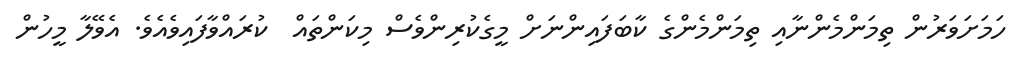
ހަމަށަވަރުން ތިމަންމެންނާއި ތިމަންމެންގެ ކާބަފައިންނަށް މީގެކުރިންވެސް މިކަންތައް  ކުރައްވާފައިވެއެވެ. އެވޭލާ މީހުން